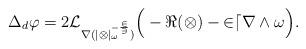
LaTeX: \begin{align*} \Delta_d \varphi = 2 \cal{L}_{\nabla (|\Omega|_\omega^{-\frac{2}{3}})} \Big( -\Re(\Omega) - 2 dr \wedge \omega\Big).\end{align*}